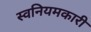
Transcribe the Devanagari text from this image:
स्वनियमकारी